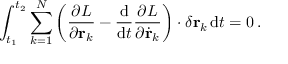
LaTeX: \int _ { t _ { 1 } } ^ { t _ { 2 } } \sum _ { k = 1 } ^ { N } \left( { \frac { \partial L } { \partial \mathbf { r } _ { k } } } - { \frac { \mathrm { d } } { \mathrm { d } t } } { \frac { \partial L } { \partial { \dot { \mathbf { r } } } _ { k } } } \right) \cdot \delta \mathbf { r } _ { k } \, \mathrm { d } t = 0 \, .